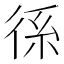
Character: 𭛭